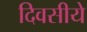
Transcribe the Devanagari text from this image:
दिवसीये